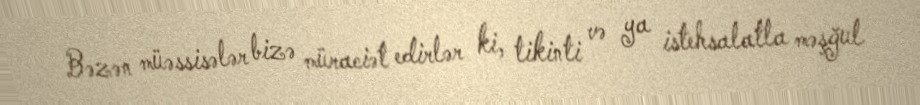
Bəzən müəssisələr bizə müraciət edirlər ki, tikinti və ya istehsalatla məşğul